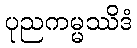
ပုညကမ္မဿိဒံ